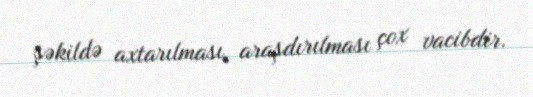
şəkildə axtarılması, araşdırılması çox vacibdir.